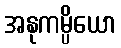
အနုကမ္ပိယော